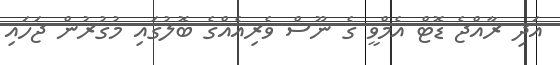
އަދި ރާއްޖެ ޑޮޓް އެމްވީ ގެ ނޫސް ވެރިއެއްގެ ބޮލުގައި މުގުރުން ޖަހައި